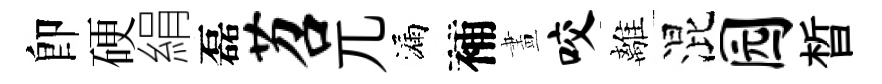
卽硬絹磊苕兀漏補畫咬離混园晳